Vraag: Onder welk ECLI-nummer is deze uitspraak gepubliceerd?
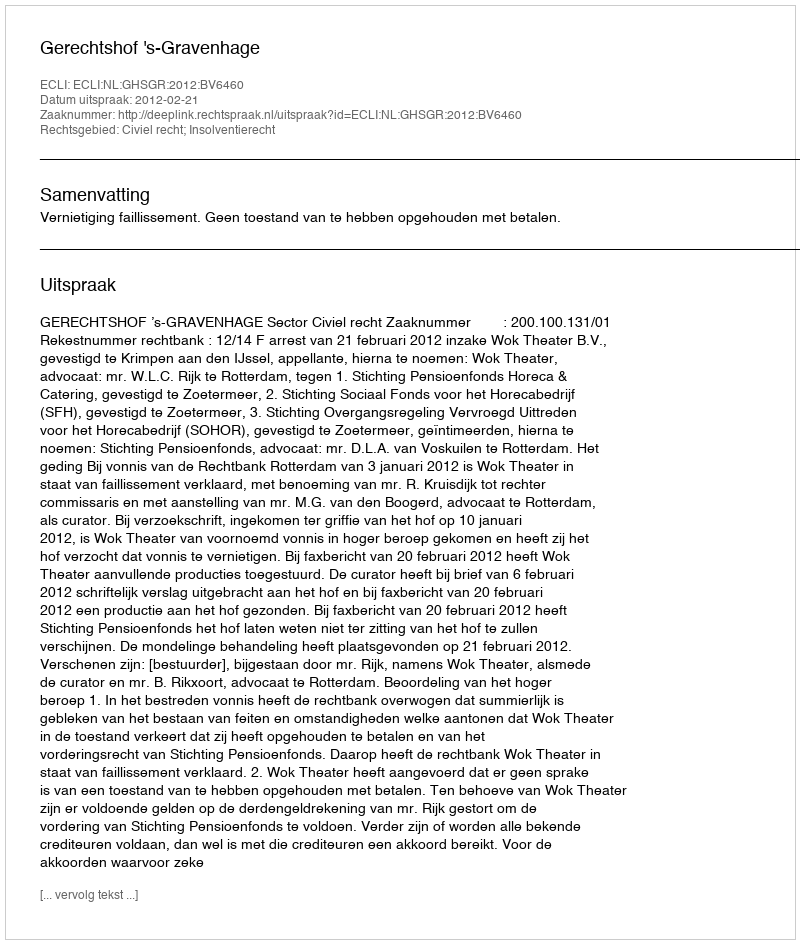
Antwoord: ECLI:NL:GHSGR:2012:BV6460